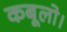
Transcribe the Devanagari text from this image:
कबूलो।